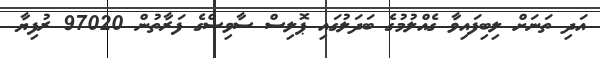
އަދި ތަނަށް ލިބިފައިވާ ގެއްލުމުގެ ބަދަލުގައި ޕޮލިސް ސާވިސްގެ ފަރާތުން 97020 ރުފިޔާ